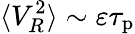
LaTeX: \langle V_{R}^{2}\rangle\sim\varepsilon\tau_{\mathrm{p}}